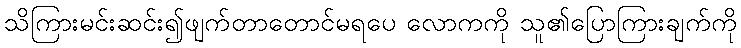
သိကြားမင်းဆင်း၍ဖျက်တာတောင်မရပေ လောကကို သူ၏ပြောကြားချက်ကို